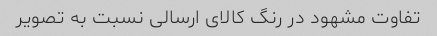
تفاوت مشهود در رنگ کالای ارسالی نسبت به تصویر